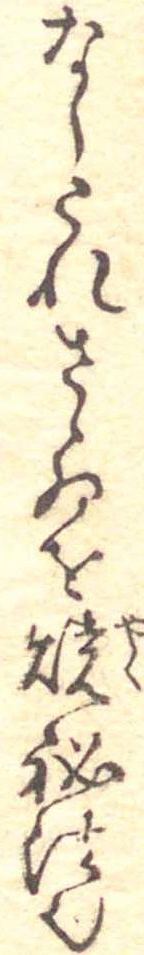
なしこれさゝゐを焼秘法也